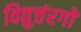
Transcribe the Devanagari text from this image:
विद्युत्तंरगों